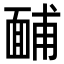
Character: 䩉